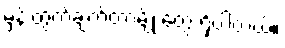
မှန်းတွက်ချက်တာမျိုးတွေ ရှိပါတယ်။